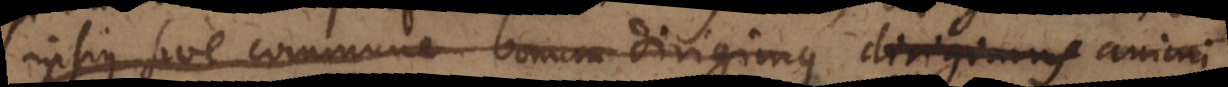
ipsius sive commune bonum dirigimus dirigimus animi